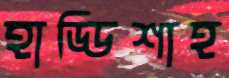
হাড্ডিশাহ